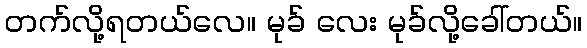
တက်လို့ရတယ်လေ။ မုခ် လေး မုခ်လို့ခေါ်တယ်။